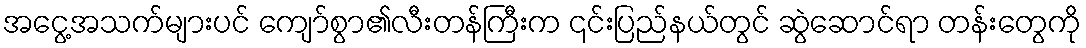
အငွေ့အသက်များပင် ကျော်စွာ၏လီးတန်ကြီးက ၎င်းပြည်နယ်တွင် ဆွဲဆောင်ရာ တန်းတွေကို